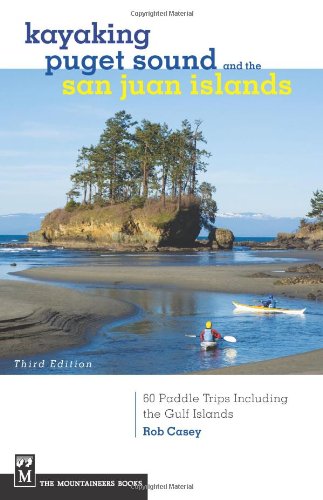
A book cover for Kayaking Puget Sound & the San Juan Islands; Rob Casey; Sports & Outdoors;